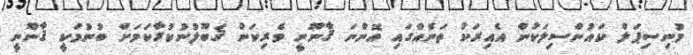
މުނިސިޕަލް ކައުންސިލަކުން އެއިރަކު ތަނެއްގައި އޮންނަ ޤާނޫނީ ވެރިކަން ޤަބޫލުނުކުރާކަމަށް ބުނުމަކީ ޤާނޫނީ